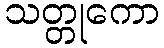
သတ္တုကော